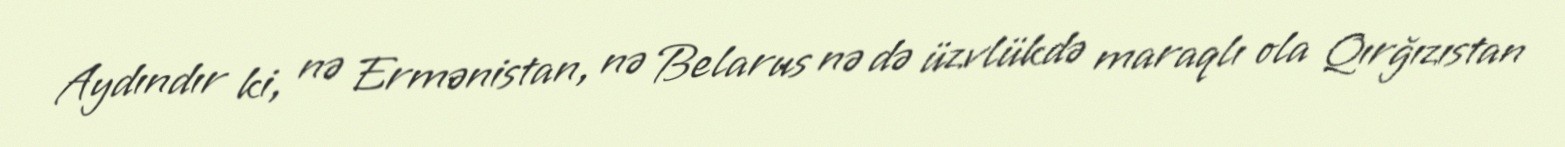
Aydındır ki, nə Ermənistan, nə Belarus nə də üzvlükdə maraqlı ola Qırğızıstan